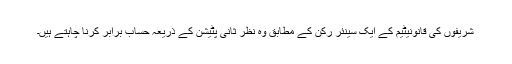
شریفوں کی قانونیٹیم کے ایک سینئر رکن کے مطابق وہ نظر ثانی پٹیشن کے ذریعہ حساب برابر کرنا چاہتے ہیں۔